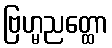
ဗြဟ္မညတ္ထော